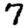
Digit: 7